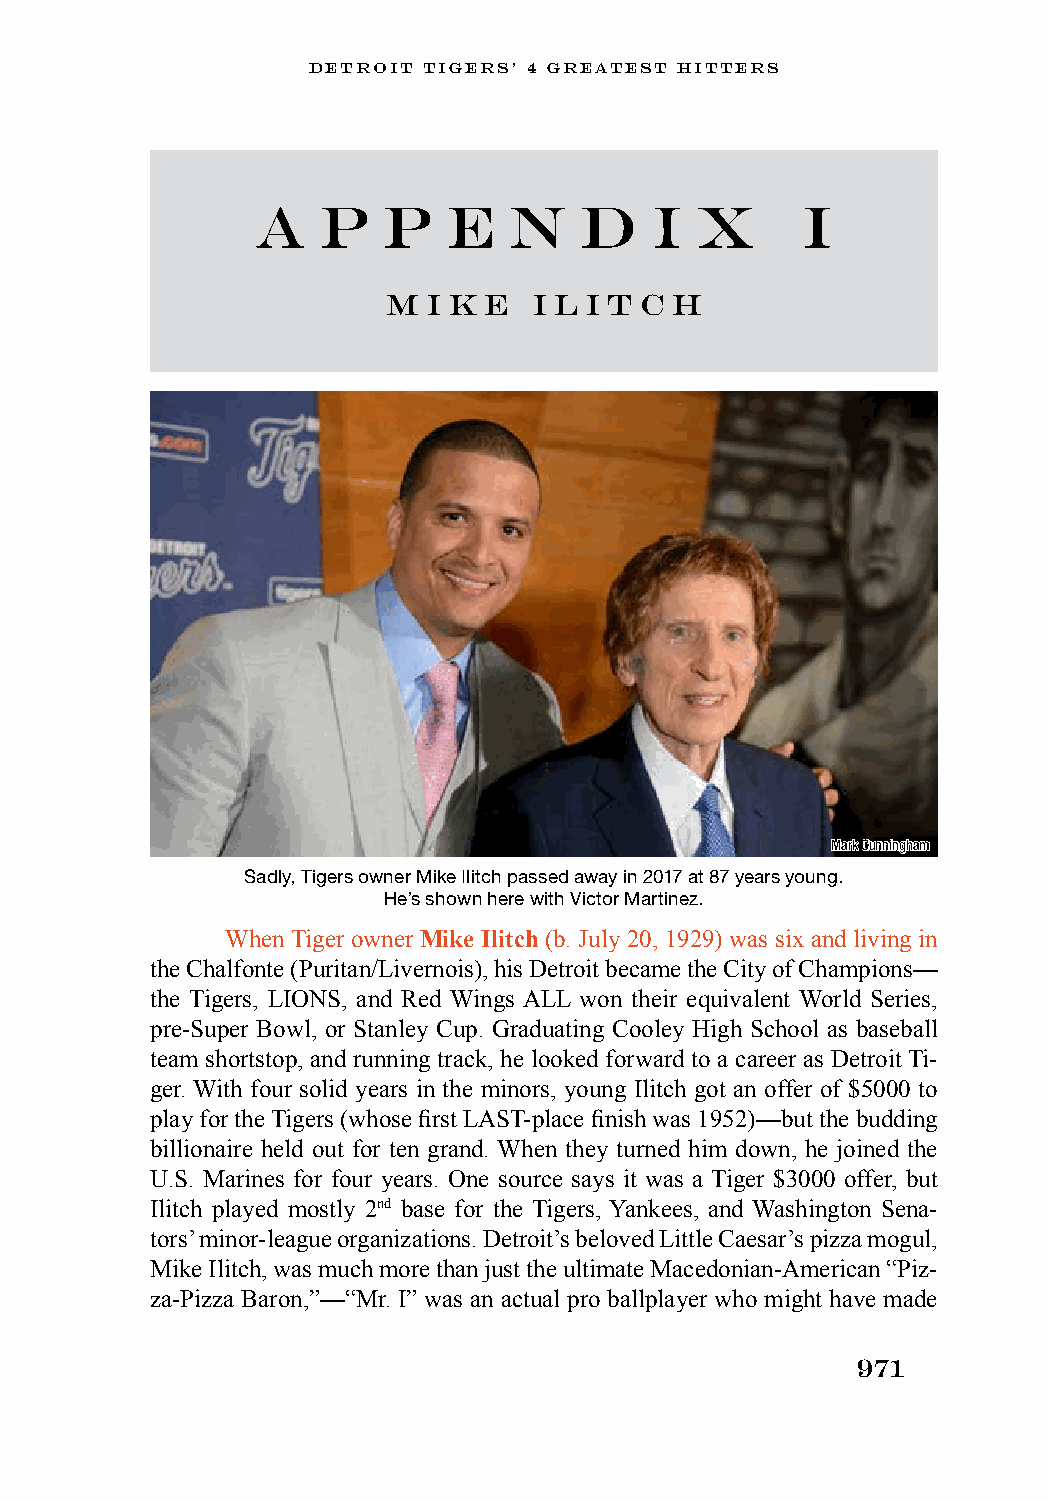
DETROIT TIGERS’ 4 GREATEST HITTERS
 a   p   p    e   n   d    i  x      I
 M i k e  I l i t c h
 Mark Cunningham
 Sadly, Tigers owner Mike Ilitch passed away in 2017 at 87 years young.
 He’s shown here with Victor Martinez.
 When Tiger owner Mike Ilitch (b. July 20, 1929) was six and living in
 the Chalfonte (Puritan/Livernois), his Detroit became the City of Champions—
 the Tigers, LIONS, and Red Wings ALL won their equivalent World Series,
 pre-Super Bowl, or Stanley Cup. Graduating Cooley High School as baseball
 team shortstop, and running track, he looked forward to a career as Detroit Ti-
 ger. With four solid years in the minors, young Ilitch got an offer of $5000 to
 play for the Tigers (whose first LAST-place finish was 1952)—but the budding
 billionaire held out for ten grand. When they turned him down, he joined the
 U.S. Marines for four years. One source says it was a Tiger $3000 offer, but
 Ilitch played mostly 2nd base for the Tigers, Yankees, and Washington Sena-
 tors’ minor-league organizations. Detroit’s beloved Little Caesar’s pizza mogul,
 Mike Ilitch, was much more than just the ultimate Macedonian-American “Piz-
 za-Pizza Baron,”—“Mr. I” was an actual pro ballplayer who might have made
 971